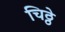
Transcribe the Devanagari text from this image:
चिठ्ठे